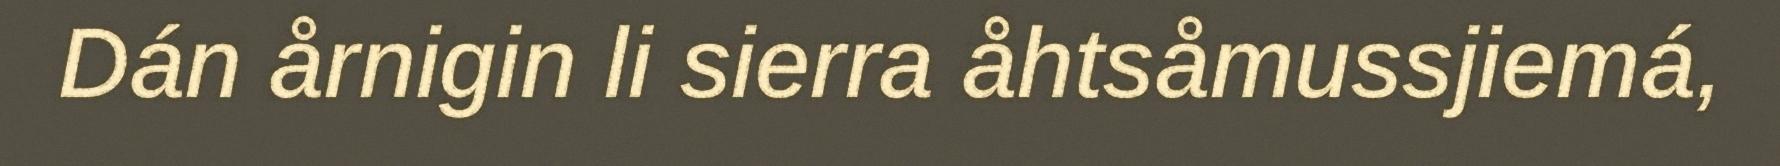
Dán årnigin li sierra åhtsåmussjiemá,